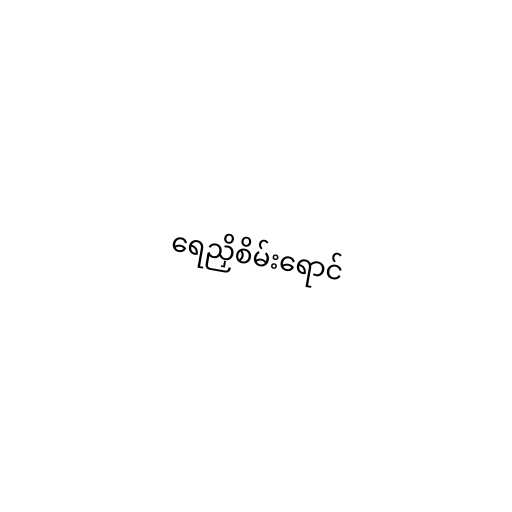
ရေညှိစိမ်းရောင်